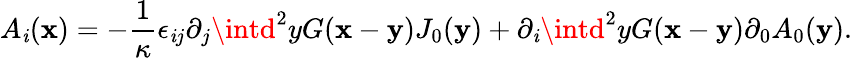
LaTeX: A_{\mathit{i}}({\mathbf{x}})=-\frac{{1}}{{\kappa}}\epsilon_{\mathit{i}j}\partial_{j}\intd^{2}yG({\mathbf{x}}-{\mathbf{y}})J_{0}({\mathbf{y}})+\partial_{\mathit{i}}\intd^{2}yG({\mathbf{x}}-{\mathbf{y}})\partial_{0}A_{0}({\mathbf{y}}).